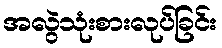
အလွဲသုံးစားလုပ်ခြင်း